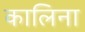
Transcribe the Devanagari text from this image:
कालिना